Source: Handwritten
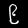
Digit: ၉ (9)